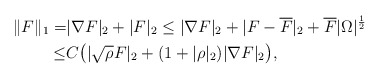
\begin{align*}\|F\|_1=&|\nabla F|_2+|F|_2\leq |\nabla F|_2+|F-\overline{F}|_2+\overline{F}|\Omega|^{\frac{1}{2}} \\\leq & C\big( |\sqrt{\rho} F|_{2} +(1+|\rho|_2) |\nabla F|_{2} \big),\end{align*}